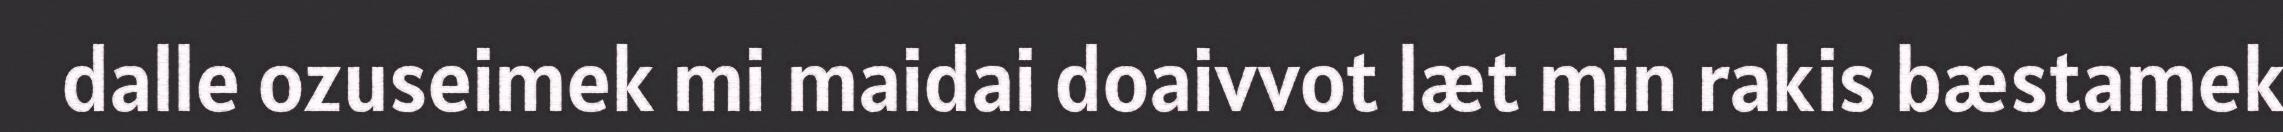
dalle ozuseimek mi maidai doaivvot læt min rakis bæstamek